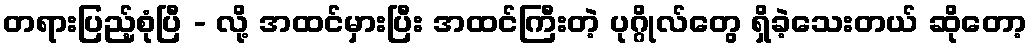
တရားပြည့်စုံပြီ - လို့ အထင်မှားပြီး အထင်ကြီးတဲ့ ပုဂ္ဂိုလ်တွေ ရှိခဲ့သေးတယ် ဆိုတော့